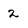
Character: 2